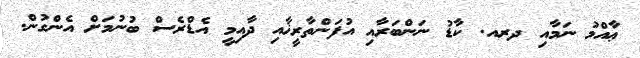
ޢާއްމު ނަމާއި ދރއ. ކާޑު ނަންބަރާއި އުފަންތާރީޚާއި ދާއިމީ އެޑްރެސް ބުނުމަށް އެންގުން.